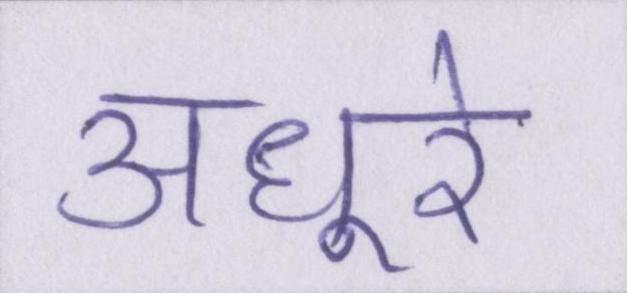
अधूरे